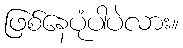
ဖြစ်နေပုံပါပဲလား။